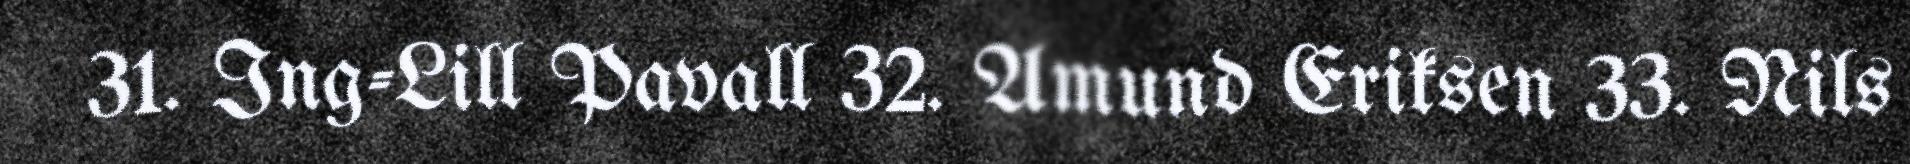
31. Ing-Lill Pavall 32. Amund Eriksen 33. Nils